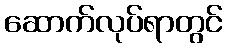
ဆောက်လုပ်ရာတွင်